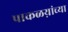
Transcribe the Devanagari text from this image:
पाकळय़ांच्या